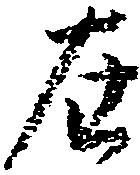
在